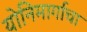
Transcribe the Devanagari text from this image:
योनिमार्गाचा